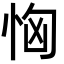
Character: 恟